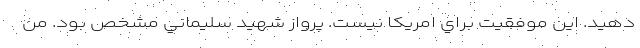
دهيد. اين موفقيت براي امريكا نيست. پرواز شهيد سليماني مشخص بود. من